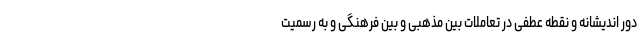
دور اندیشانه و نقطه عطفی در تعاملات بین مذهبی و بین فرهنگی و به رسمیت